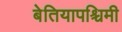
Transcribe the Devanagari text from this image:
बेतियापश्चिमी